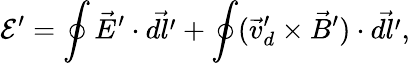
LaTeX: {\mathcal E^{\prime}}=\oint{\vec{E}^{\prime}\cdot\vec{dl^{\prime}}}+\oint(\vec{v}_{d}^{\prime}\times\vec{B}^{\prime})\cdot\vec{dl^{\prime}},